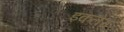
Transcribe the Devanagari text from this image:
इकलेरा